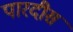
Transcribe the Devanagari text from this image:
पारदीस